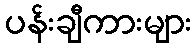
ပန်းချီကားများ